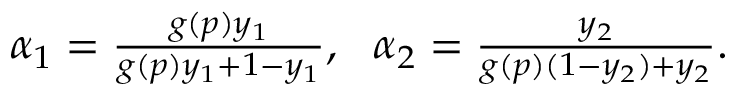
\begin{array} { r } { \alpha _ { 1 } = \frac { g ( p ) y _ { 1 } } { g ( p ) y _ { 1 } + 1 - y _ { 1 } } , \ \ \alpha _ { 2 } = \frac { y _ { 2 } } { g ( p ) ( 1 - y _ { 2 } ) + y _ { 2 } } . } \end{array}